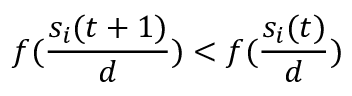
f ( \frac { s _ { i } ( t + 1 ) } { d } ) < f ( \frac { s _ { i } ( t ) } { d } )